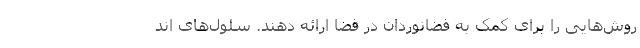
روش‌هایی را برای کمک به فضانوردان در فضا ارائه دهند. سلول‌های اند